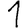
Digit: 1